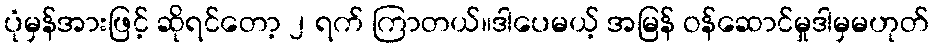
ပုံမှန်အားဖြင့် ဆိုရင်တော့ ၂ ရက် ကြာတယ်။ဒါပေမယ့် အမြန် ဝန်ဆောင်မှုဒါမှမဟုတ်